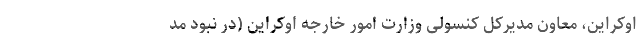
اوکراین، معاون مدیرکل کنسولی وزارت امور خارجه اوکراین (در نبود مد